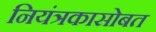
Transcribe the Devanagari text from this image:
नियंत्रकासोबत